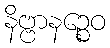
နိဗ္ဗာနဉ္စေဝ